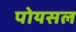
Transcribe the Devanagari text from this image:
पोयसल